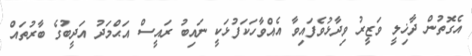
އެގޮތުން ދާޚިލީ ވަޒީރު ވިދާޅުވެފައިވާ އެއްވާހަކަފުޅަކީ ނައިބު ރައީސް އަޙްމަދު އަދީބުގެ ބާރުތައް